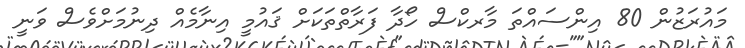
މައުރަޒުން 80 އިންސައްތަ މާރކްސް ހޯދާ ފަރާތްތަކަށް ޤައުމީ އިނާމެއް ދިނުމަށްވެސް ވަނީ